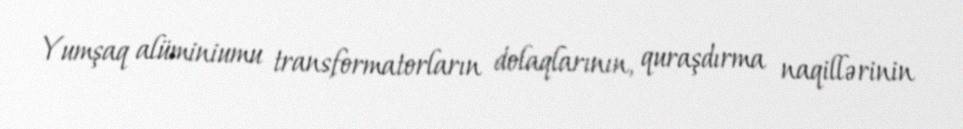
Yumşaq alüminiumu transformatorların dolaqlarının, quraşdırma naqillərinin